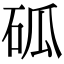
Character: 𥑔